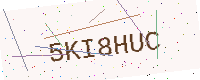
Text: 5KI8HUC